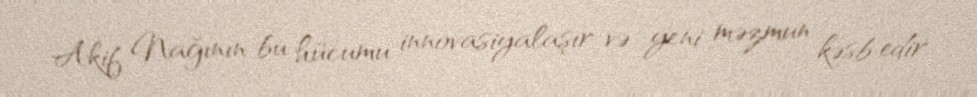
Akif Nağının bu hücumu innovasiyalaşır və yeni məzmun kəsb edir.